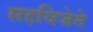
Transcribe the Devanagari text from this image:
सहविजेते